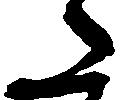
た